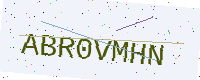
Text: ABR0VMHN